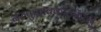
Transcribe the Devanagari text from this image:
नरुपुप्पाक्कोरानेंटार्नु